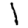
Digit: 1